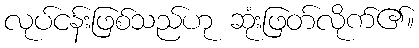
လုပ်ငန်းဖြစ်သည်ဟု ဆုံးဖြတ်လိုက်၏။